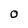
Character: O